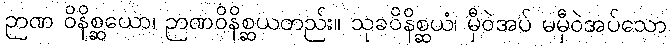
ဉာဏ ဝိနိစ္ဆယော၊ ဉာဏဝိနိစ္ဆယတည်း။ သုခဝိနိစ္ဆယံ၊ မှီဝဲအပ် မမှီဝဲအပ်သော